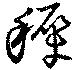
稚